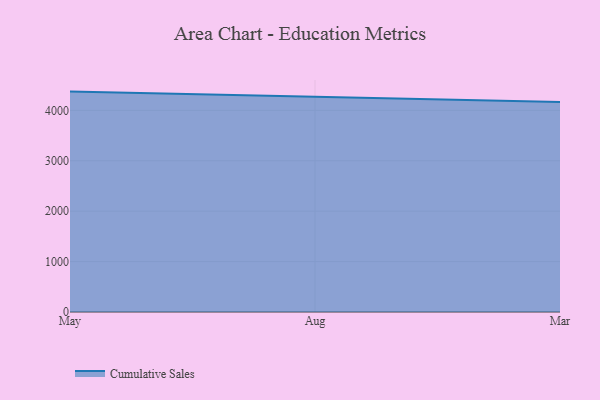
{"axis": {"x": "Month", "y": "Net Income (USD K)"}, "legend": ["Cumulative Sales"], "data": [{"x": "May", "y": 4372.3, "type": "Cumulative Sales"}, {"x": "Aug", "y": 4266.2, "type": "Cumulative Sales"}, {"x": "Mar", "y": 4165.6, "type": "Cumulative Sales"}]}